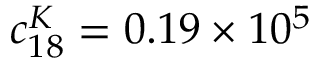
c _ { 1 8 } ^ { K } = 0 . 1 9 \times 1 0 ^ { 5 }